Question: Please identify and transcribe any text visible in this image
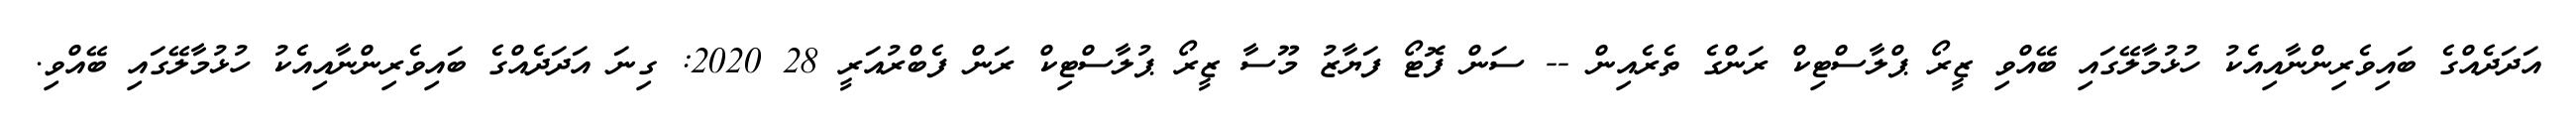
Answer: އަދަދެއްގެ ބައިވެރިންނާއިއެކު ހުޅުމާލޭގައި ބޭއްވި ޒީރޯ ޕްލާސްޓިކް ރަންގެ ތެރެއިން -- ސަން ފޮޓޯ ފަޔާޒު މޫސާ ޒީރޯ ޕުލާސްޓިކް ރަން ފެބްރުއަރީ 28 2020: ގިނަ އަދަދެއްގެ ބައިވެރިންނާއިއެކު ހުޅުމާލޭގައި ބޭއްވި.